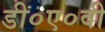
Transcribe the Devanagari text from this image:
डी०ए०वी